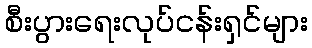
စီးပွားရေးလုပ်ငန်းရှင်များ